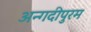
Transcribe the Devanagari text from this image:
अन्गदीपुरम